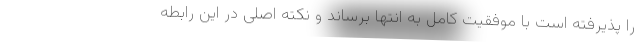
را پذیرفته است با موفقیت کامل به انتها برساند و نکته اصلی در این رابطه